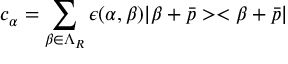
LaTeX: c _ { \alpha } = \sum _ { \beta \in \Lambda _ { R } } \epsilon ( \alpha , \beta ) | \beta + \bar { p } > < \beta + \bar { p } |